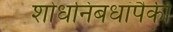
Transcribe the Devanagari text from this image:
शोधनिबधांपैकी